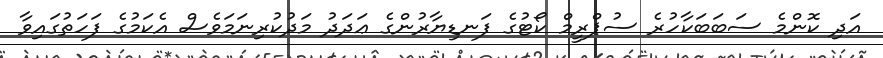
އަދި ކޮންމެ ސަބަބަކާހުރެ ސުޕްރީމް ކޯޓުގެ ފަނޑިޔާރުންގެ ޢަދަދު މަދުކުރިނަމަވެސް އެކަމުގެ ފަހަތުގައިވާ